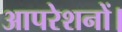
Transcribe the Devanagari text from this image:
आपरेशनों।